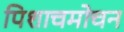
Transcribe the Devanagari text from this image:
पिशाचमोचन